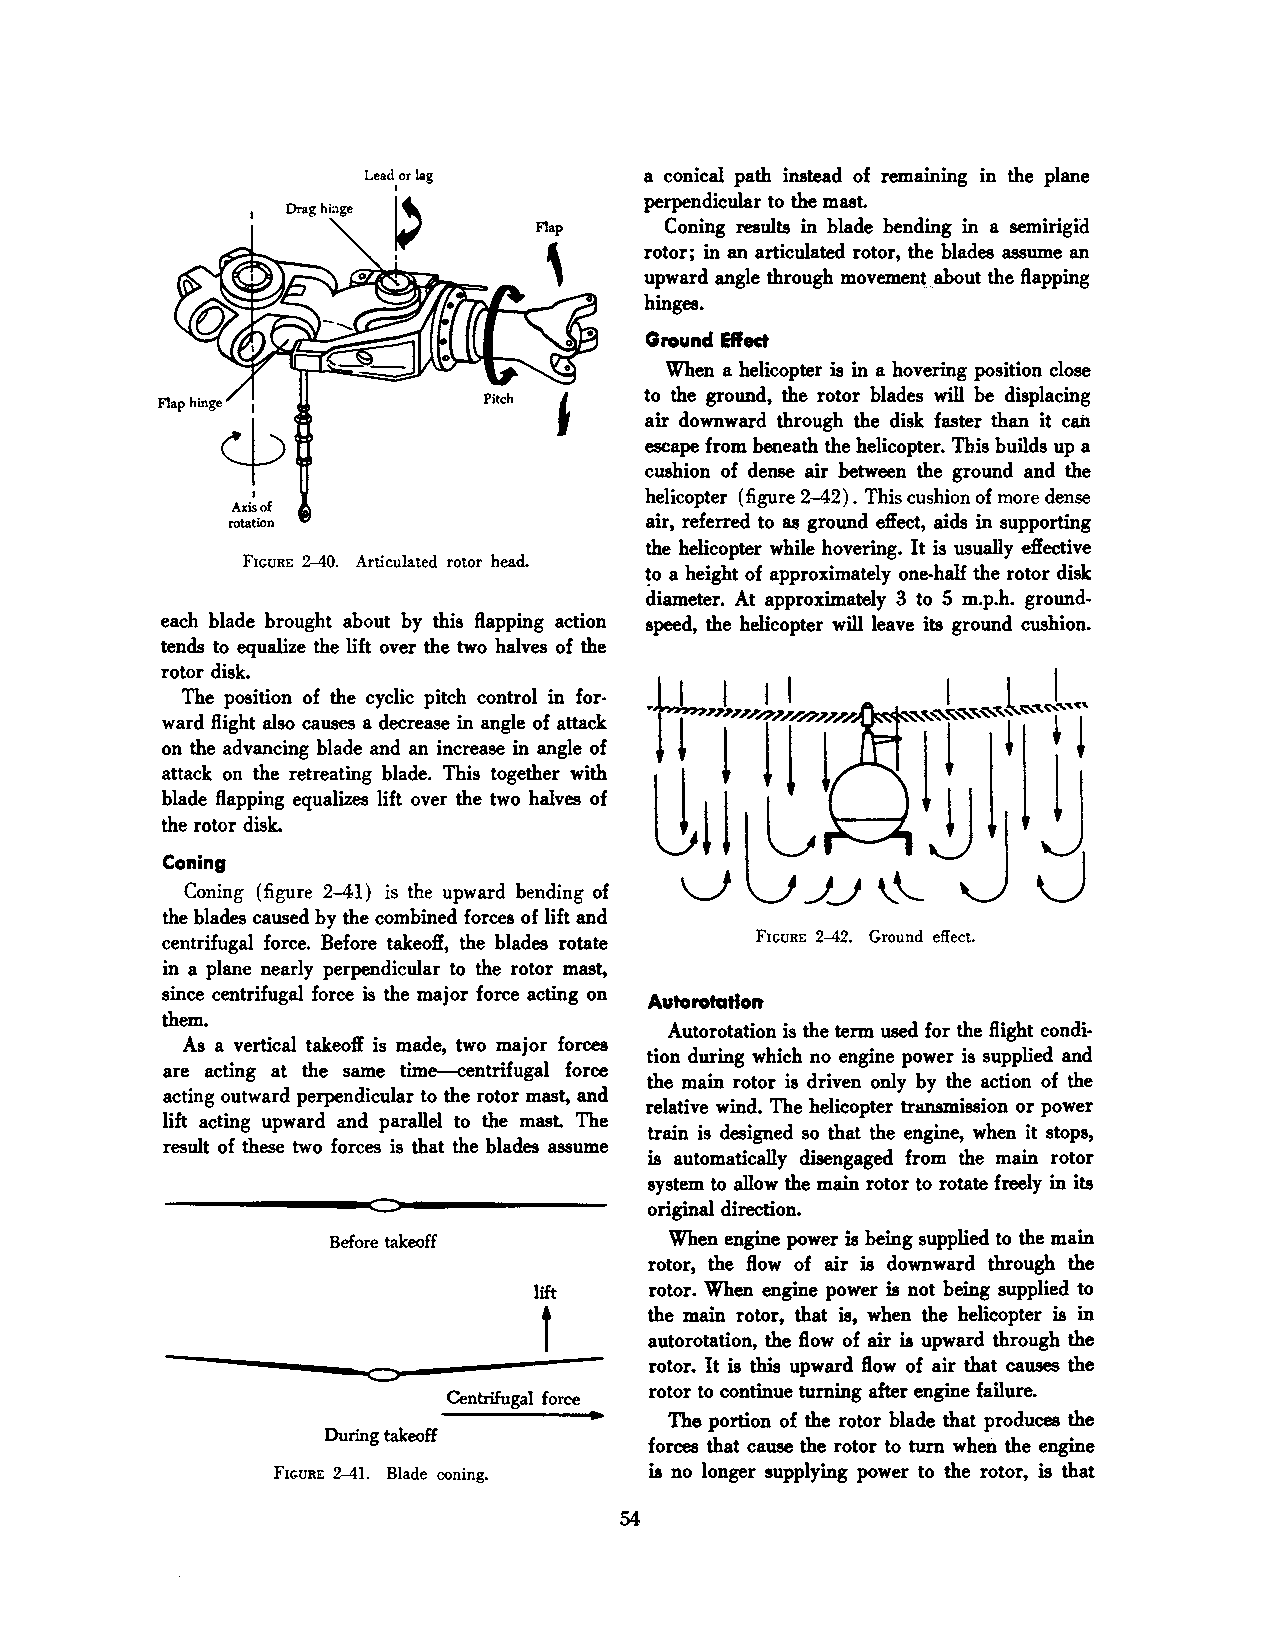
a conical path instead of remaining in the plane
 perpendicular to the mast.
 Drag h&>ge
 Coning results in blade bending in a semirigid
 rotor; in an articulated rotor, the blades assume an
 upward angle through movementabout the flapping
 hinges.
 Ground Effect
 When a helicopter is in a hovering position close
 to the ground, the rotor blades will be displacing
 Flap hinge 1
 ¢                            air downward through the disk faster than it can
 escape from beneath the helicopter. Th.is builds up a
 cushion of dense air between the ground and the
 I                         helicopter (figure 2-42). This cushion of more dense
 Axis of
 rotation                    air, referred to as ground e:ffect, aids in supporting
 the helicopter while hovering. It is usually effective
 FIGURE 2-40. Articulated rotor head. !O a height of approximately one-half the rotor disk
 diameter. At approximately 3 to 5 m.p.h. ground
 each blade brought about by this flapping action speed, the helicopter will leave its ground cushion.
 tends to equalize the lift over the two halves of the
 rotor disk.
 The position of the cyclic pitch control in for
 ward flight also causes a decrease in angle of attack
 on the advancing blade and an increase in angle of
 attack on the retreating blade. This together with
 blade flapping equalizes lift over the two halves of
 the rotor disk.
 Coning
 Coning (figure 2-41) is the upward bending of
 the blades caused by the combined forces of lift and
 centrifugal force. Before takeoff, the blades rotate FIGURE 2-42. Ground effect.
 in a plane nearly perpendicular to the rotor mast,
 since centrifugal force is the major force acting on
 Auto rotation
 them.
 Autorotation is the term used for the flight condi
 As a vertical takeoff is made, two major forces
 tion during which no engine power is supplied and
 are acting at the same time-centrifugal force
 the main rotor is driven only by the action of the
 acting outward perpendicular to the rotor mast, and
 relative wind. The helicopter triiDSDlission or power
 lift acting upward and parallel to the mast. The
 train is designed so that the engine, when it stops,
 result of these two forces is that the blades assume
 is automatically disengaged from the main rotor
 system to allow the main rotor to rotate freely in its
 original direction.
 Before takeoff        When engine power is being supplied to the main
 rotor, the flow of air is downward through the
 lift    rotor. When engine power is not being supplied to
 the main rotor, that is, when the helicopter is in
 f
 autorotation, the flow of air is upward through the
 rotor. It is this upward flow of air that causes the
 rotor to continue turning after engine failure.
 Centrifugal force
 The portion of the rotor blade that produces the
 During takeoff
 forces that cause the rotor to tum when the engine
 FIGURE 2-41. Blade coning. is no longer supplying power to the rotor, is that
 54